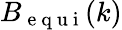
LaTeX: B_{\mathrm{~e~q~u~i~}}(k)